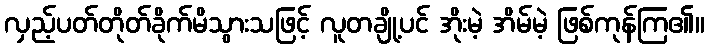
လှည့်ပတ်တိုတ်ခိုက်မိသွားသဖြင့် လူတချို့ပင် အိုးမဲ့ အိမ်မဲ့ ဖြစ်ကုန်ကြ၏။